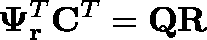
\mathbf { \Psi } _ { \mathbf { r } } ^ { T } \mathbf { C } ^ { T } = \mathbf { Q R }